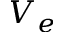
V _ { e }